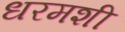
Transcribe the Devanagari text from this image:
धरमशी